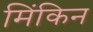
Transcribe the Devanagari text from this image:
मिंकिन